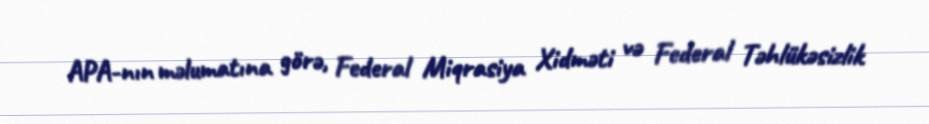
APA-nın məlumatına görə, Federal Miqrasiya Xidməti və Federal Təhlükəsizlik